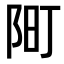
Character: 𫔿